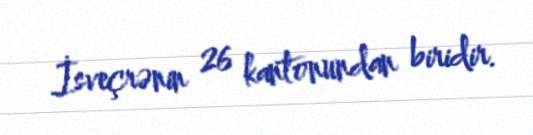
İsveçrənin 26 kantonundan biridir.